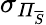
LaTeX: \sigma_{\mathit{\Pi}_{\overline{{S}}}}